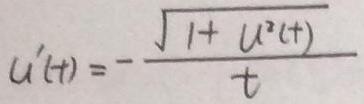
\[ u^{\prime}(t)=-\frac{\sqrt{1 + u^{2}(t)}}{t} \]